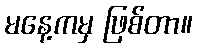
မနေ့ကမှ ဖြစ်တာ။